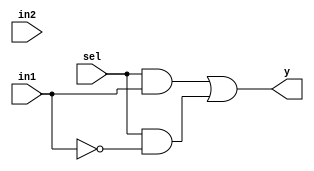
module xor_using_mux(in1,in2,sel,y);
	input in1,in2;
	input sel;
	output y;
	reg temp;
	
	
	
	
always@(*)
	begin
		
	temp = (sel & in1) | (sel & ~in1);

end
assign y = temp;
endmodule